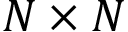
N \times N